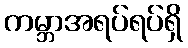
ကမ္ဘာအရပ်ရပ်ရှိ